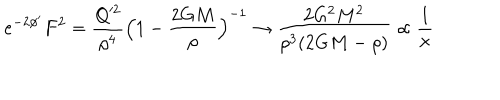
LaTeX: e ^ { - 2 \phi ^ { \prime } } F ^ { 2 } = \frac { Q ^ { 2 } } { \rho ^ { 4 } } \Bigl ( 1 - \frac { 2 G M } { \rho } \Bigr ) ^ { - 1 } \rightarrow \frac { 2 G ^ { 2 } M ^ { 2 } } { \rho ^ { 3 } ( 2 G M - \rho ) } \propto \frac { 1 } { x }